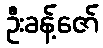
ဦးခန့်ဇော်